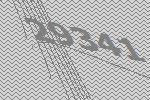
29341